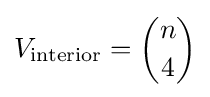
V_{\text{interior}}={n \choose 4}